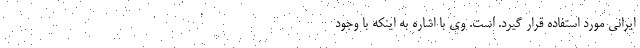
ایرانی مورد استفاده قرار گیرد. است. وی با اشاره به اینکه با وجود